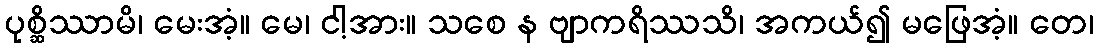
ပုစ္ဆိဿာမိ၊ မေးအံ့။ မေ၊ ငါ့အား။ သစေ န ဗျာကရိဿသိ၊ အကယ်၍ မဖြေအံ့။ တေ၊